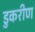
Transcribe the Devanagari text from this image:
डुकरीण